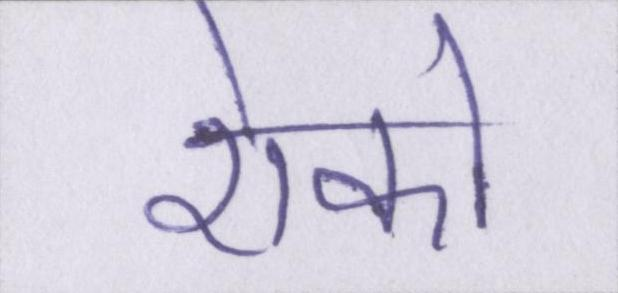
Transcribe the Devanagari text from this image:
रोको